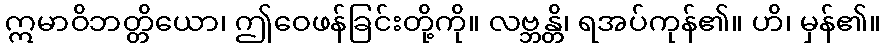
ဣမာဝိဘတ္တိယော၊ ဤဝေဖန်ခြင်းတို့ကို။ လဗ္ဘန္တိ၊ ရအပ်ကုန်၏။ ဟိ၊ မှန်၏။